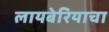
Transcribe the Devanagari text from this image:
लायबेरियाचा